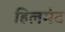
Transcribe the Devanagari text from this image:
हिलमंद